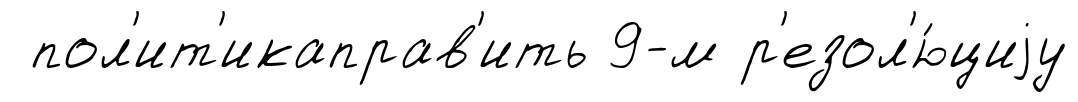
пол'ит'икаправ'ить 9-м р'езол'ю́циjу